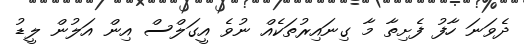
ދެވަނަ ހާފު ފެށިތާ މާ ގިނައިރުތަކެއް ނުވެ އީގަލްސް އިން އަލުން ލީޑު